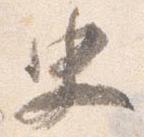
史